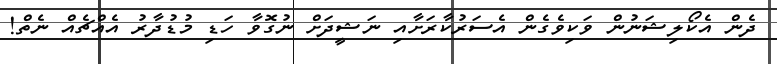
ދެން އެކޯލިޝަނުން ވަކިވެގެން އެސަރުކާރަށާއި ނަޝީދަށް ނުގޮވާ ހަޑި މުޑުދާރު އެއްޗެއް ނެތް!